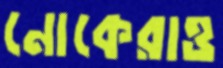
নোকেরাও